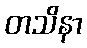
တသိနာ